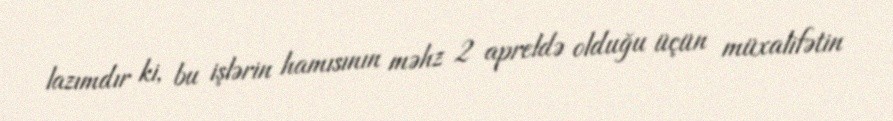
lazımdır ki, bu işlərin hamısının məhz 2 apreldə olduğu üçün müxalifətin